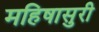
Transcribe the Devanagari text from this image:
महिषासुरी